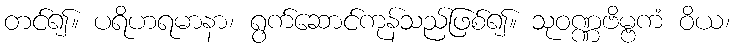
တင်၍။ ပရိဟရမာနာ၊ ရွက်ဆောင်ကုန်သည်ဖြစ်၍။ သုဝဏ္ဏဗိမ္ဗကံ ဝိယ၊